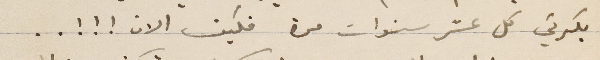
بكركي كل عشر سنوات مرة فكيف الان ! ! ! . .